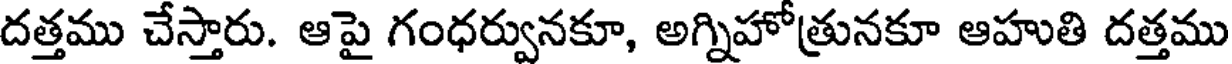
దత్తము చేస్తారు. ఆపై గంధర్వునకూ, అగ్నిహోత్రునకూ ఆహుతి దత్తము